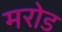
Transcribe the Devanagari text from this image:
मरोड